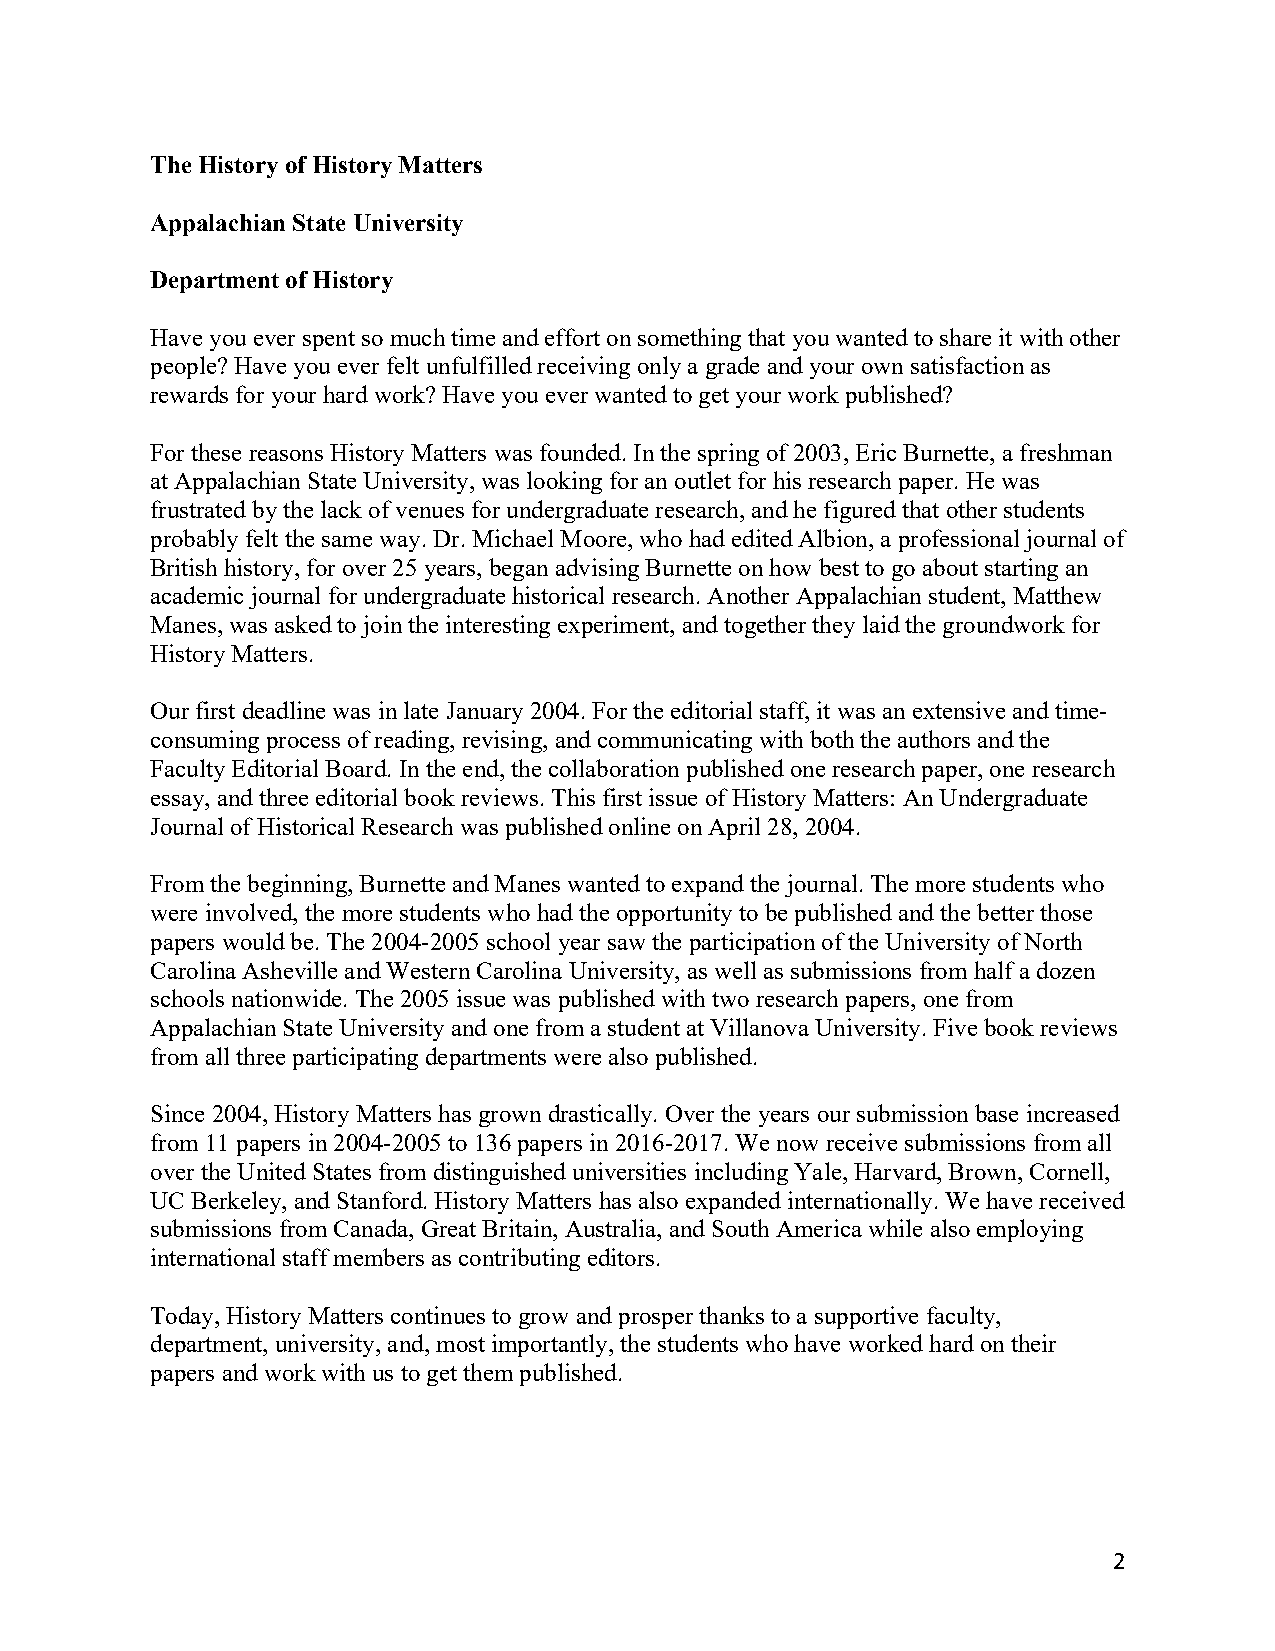
The History of History Matters
 Appalachian State University
 Department of History
 Have you ever spent so much time and effort on something that you wanted to share it with other
 people? Have you ever felt unfulfilled receiving only a grade and your own satisfaction as
 rewards for your hard work? Have you ever wanted to get your work published?
 For these reasons History Matters was founded. In the spring of 2003, Eric Burnette, a freshman
 at Appalachian State University, was looking for an outlet for his research paper. He was
 frustrated by the lack of venues for undergraduate research, and he figured that other students
 probably felt the same way. Dr. Michael Moore, who had edited Albion, a professional journal of
 British history, for over 25 years, began advising Burnette on how best to go about starting an
 academic journal for undergraduate historical research. Another Appalachian student, Matthew
 Manes, was asked to join the interesting experiment, and together they laid the groundwork for
 History Matters.
 Our first deadline was in late January 2004. For the editorial staff, it was an extensive and time-
 consuming process of reading, revising, and communicating with both the authors and the
 Faculty Editorial Board. In the end, the collaboration published one research paper, one research
 essay, and three editorial book reviews. This first issue of History Matters: An Undergraduate
 Journal of Historical Research was published online on April 28, 2004.
 From the beginning, Burnette and Manes wanted to expand the journal. The more students who
 were involved, the more students who had the opportunity to be published and the better those
 papers would be. The 2004-2005 school year saw the participation of the University of North
 Carolina Asheville and Western Carolina University, as well as submissions from half a dozen
 schools nationwide. The 2005 issue was published with two research papers, one from
 Appalachian State University and one from a student at Villanova University. Five book reviews
 from all three participating departments were also published.
 Since 2004, History Matters has grown drastically. Over the years our submission base increased
 from 11 papers in 2004-2005 to 136 papers in 2016-2017. We now receive submissions from all
 over the United States from distinguished universities including Yale, Harvard, Brown, Cornell,
 UC Berkeley, and Stanford. History Matters has also expanded internationally. We have received
 submissions from Canada, Great Britain, Australia, and South America while also employing
 international staff members as contributing editors.
 Today, History Matters continues to grow and prosper thanks to a supportive faculty,
 department, university, and, most importantly, the students who have worked hard on their
 papers and work with us to get them published.
 2